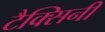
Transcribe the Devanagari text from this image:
टैक्सिनी